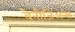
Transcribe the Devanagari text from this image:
वेनीजिअन्स